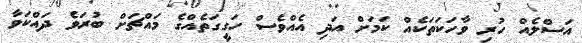
އަސްލެއް ހުރި ވާހަކަތަކެއް ކަމަށް އަދި އެއްވެސް ހަގީގަތެއްގެ މައްޗަށް ބުރަވެ ދައްކަވާ